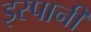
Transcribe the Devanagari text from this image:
इस्पानी